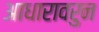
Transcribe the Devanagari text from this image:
आधारावरुन